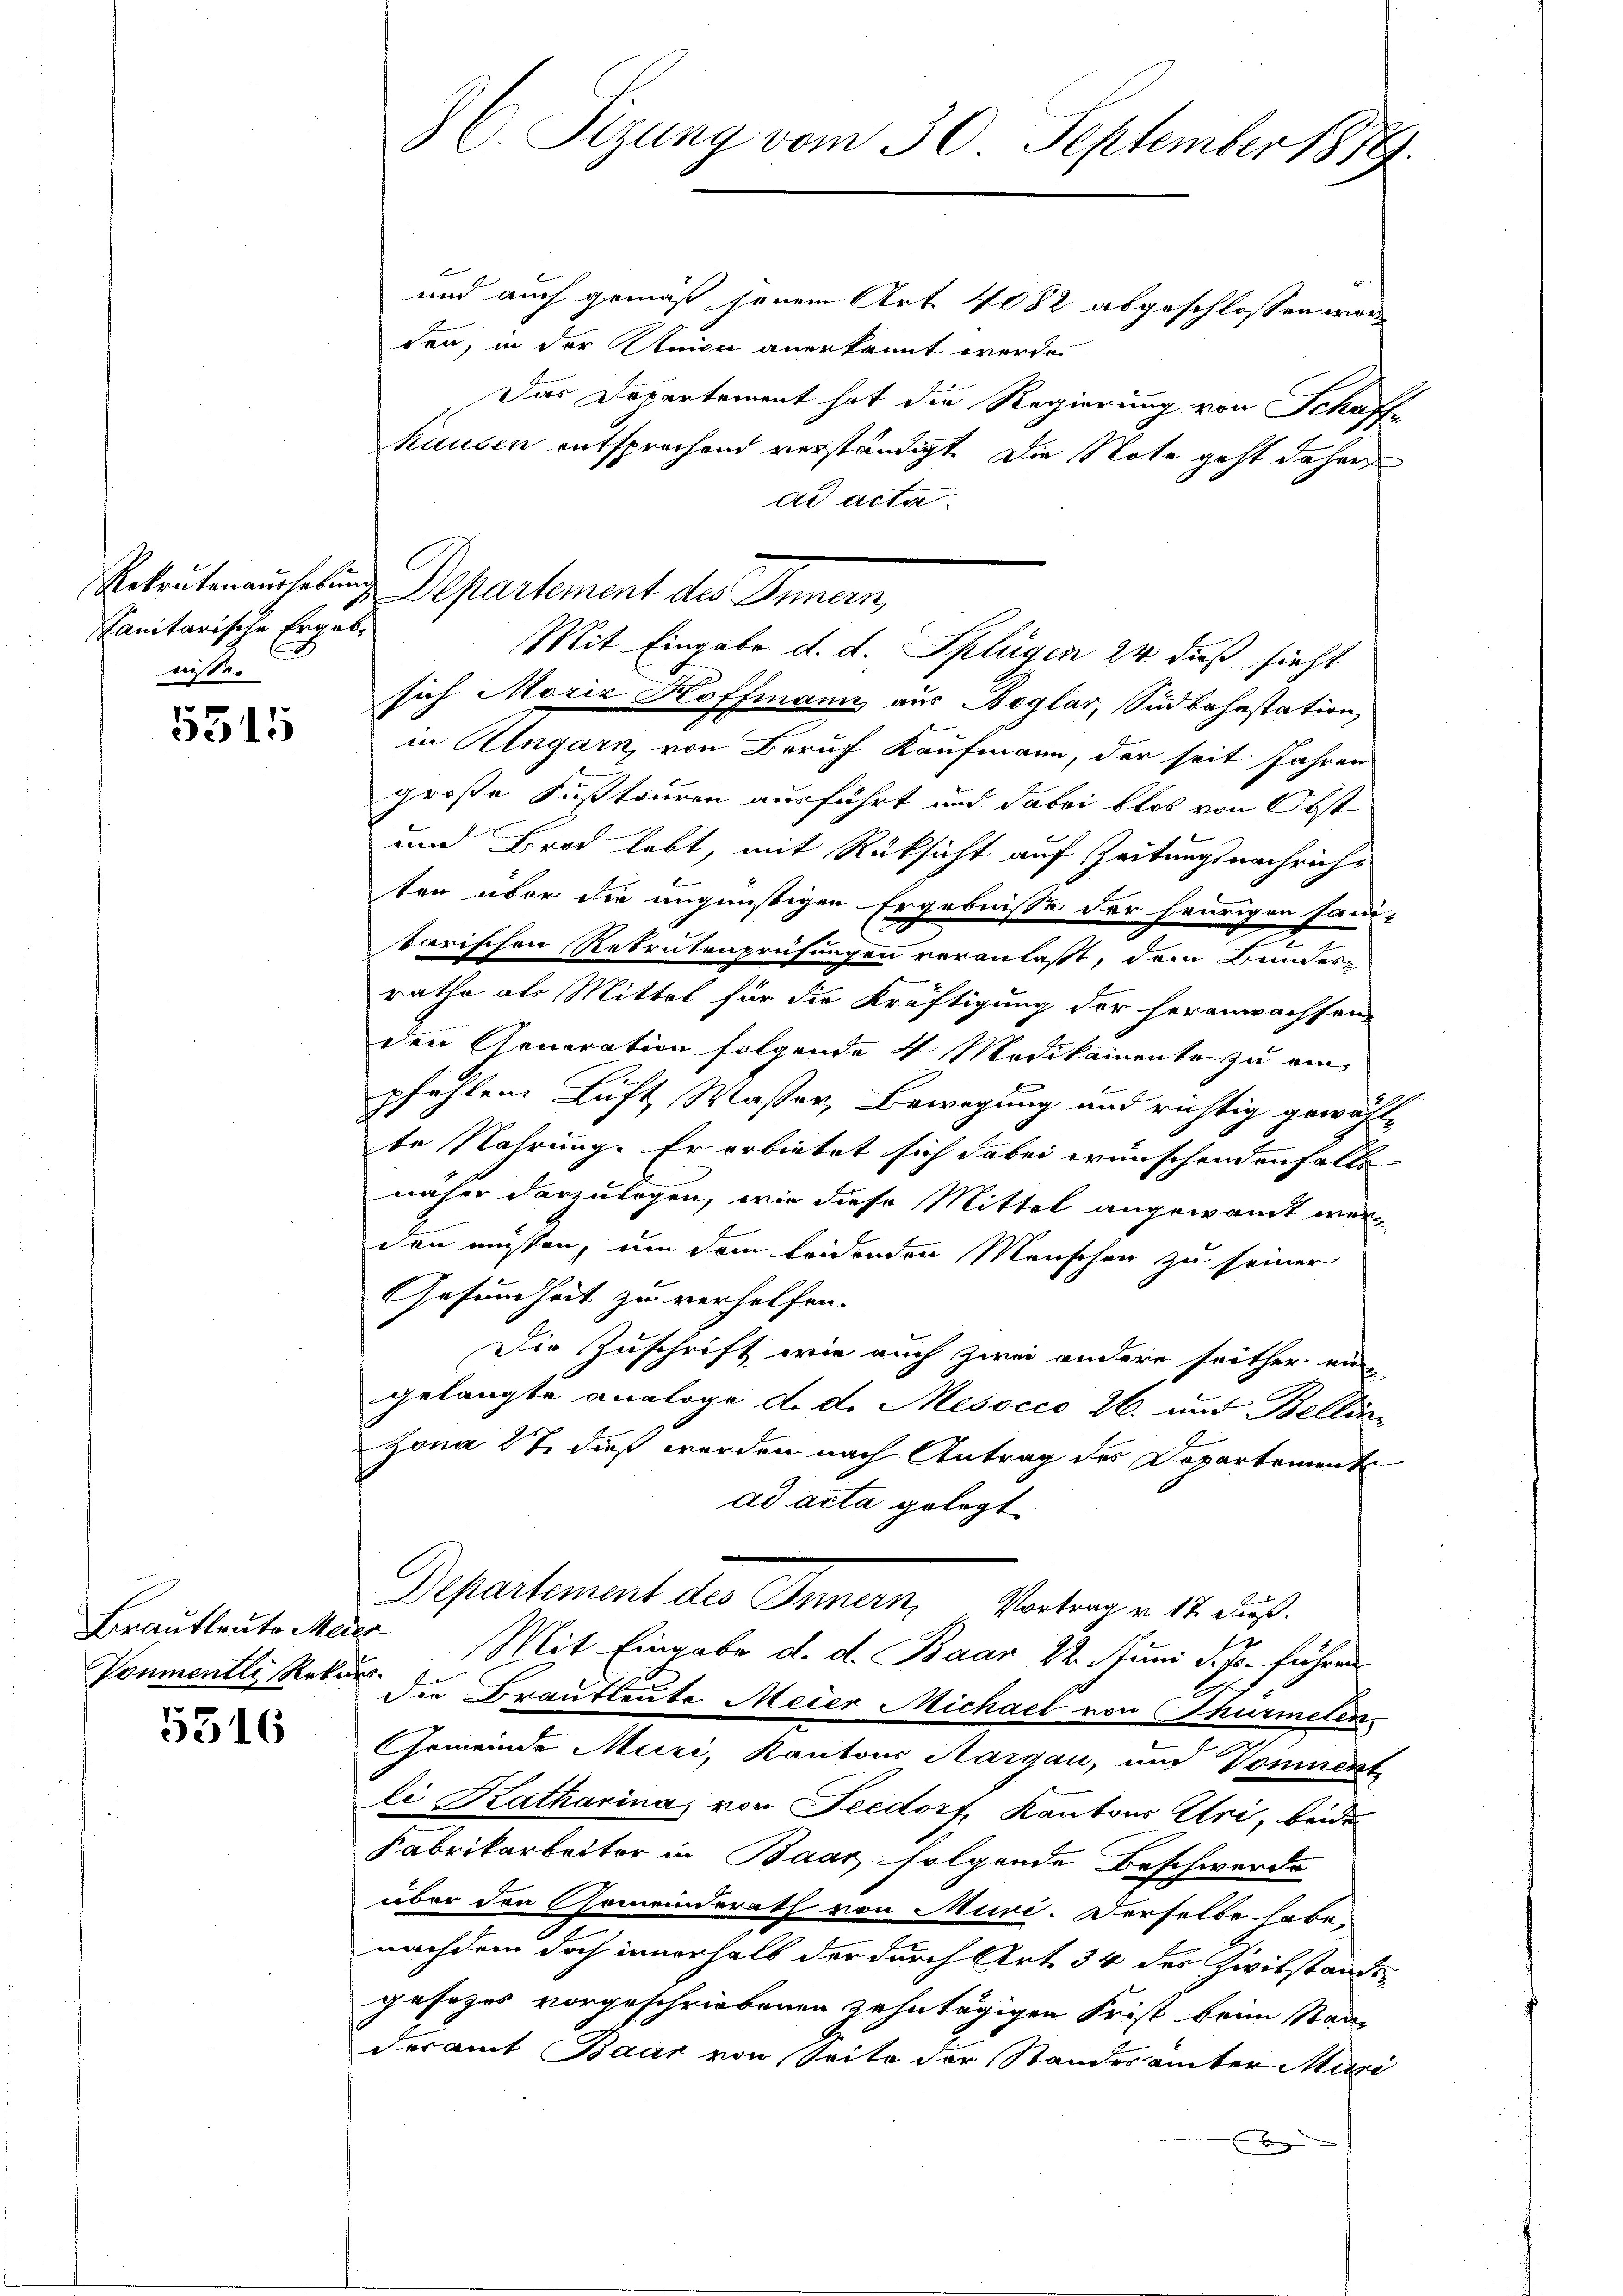
Rekrutenaushebung
Sanitarische Ergebe
nisser

5515

Brautleute Mei¬
Ponmentli, Rekurs

5316

¬

36. Sizung vom 30. September 1889

und auch gemäß jenem Art. 4082 abgeschlossen worden, in der Steien anerkannt werde.
Das Departement hat die Regierung von Schaff-
hausen entsprochend verständigt. Die Note geht daher
ad acta.
Departement des Innern,
sich Moriz Hoffmann aus Boglar, Südbahnstation,
in Ungarn, von Beruf Kaufmann, der seit Jahren
große Sustouren ausführt und dabei blos von Obst
und Brod lebt, mit Rüksicht auf Zeitungsnachrichs
ten über die ungünstigen Ergebnisse der heurigen sani-
tarischen Rekrutenprüfungen veranlaßt, dem Bundes-
rathe als Mittel für die Kräftigung der heranwachson
den Generation folgende 4 Medikamente zu einb
pfehlen Luft Wasser, Bewegung und richtig gewählte Nahrung. Er erbietet sich dabei wünschenden Falle
näher vorzulegen, wie diese Mittel angewandt werden müssen, um dem leidenden Menschen zu seiner
Gesundheit zu verhelfen.
Die Zuschrift wie auch zwei andere seither eine
gelangte analoge d. d. Mesocco 26. und Bellin
Zona 27 dieß werden nach Antrag des Repartement
ad acta gelegt
Departement des Innern, Vertrage 14. u.
2. Mit Eingabe d. d. Baar 22. Juni d. Js. führen
Die Brautleute Meier Michael von Thürmeten.
Gemeinde Muri, Kantons Aargau, und Vominent
li Katharina von Seedorf, Kantons Uri, beide
Fabrikarbeiter in Baar folgende Beschwerde
über den Gemeinderath von Muri. Derselbe habe
nachdem doch innerhalb der durch Art. 34 der Zivilstande
gesezes vorgeschriebenen zehntägigen Frist beim Stadt
deramt Baar von Seite der Standesamter Mari
B

Mit Eingabe d. d. Splügen 24. dieß sieht